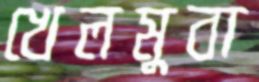
খেলমুবা